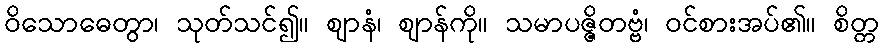
ဝိသောဓေတွာ၊ သုတ်သင်၍။ ဈာနံ၊ ဈာန်ကို။ သမာပဇ္ဇိတဗ္ဗံ၊ ဝင်စားအပ်၏။ စိတ္တ